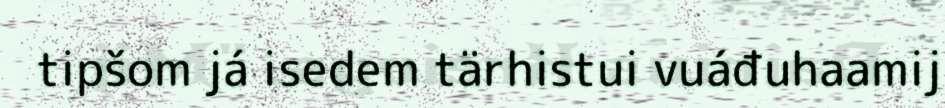
tipšom já isedem tärhistui vuáđuhaamij